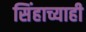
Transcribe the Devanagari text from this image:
सिंहाच्याही